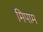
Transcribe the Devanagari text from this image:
मिपाम